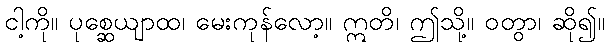
ငါ့ကို။ ပုစ္ဆေယျာထ၊ မေးကုန်လော့။ ဣတိ၊ ဤသို့။ ဝတွာ၊ ဆို၍။